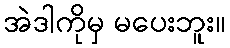
အဲဒါကိုမှ မပေးဘူး။